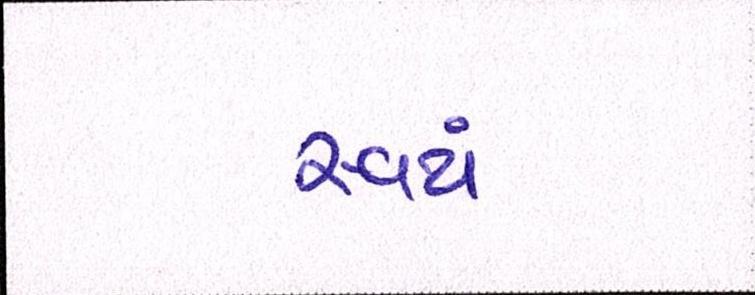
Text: સ્વયં